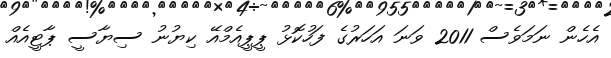
އެހެން ނަމަވެސް 2011 ވަނަ އަހަރުގެ ފަހުކޮޅު ޕީޕީއެމްއޭ ކިޔުނު ސިޔާސީ ޕާޓީއެއް